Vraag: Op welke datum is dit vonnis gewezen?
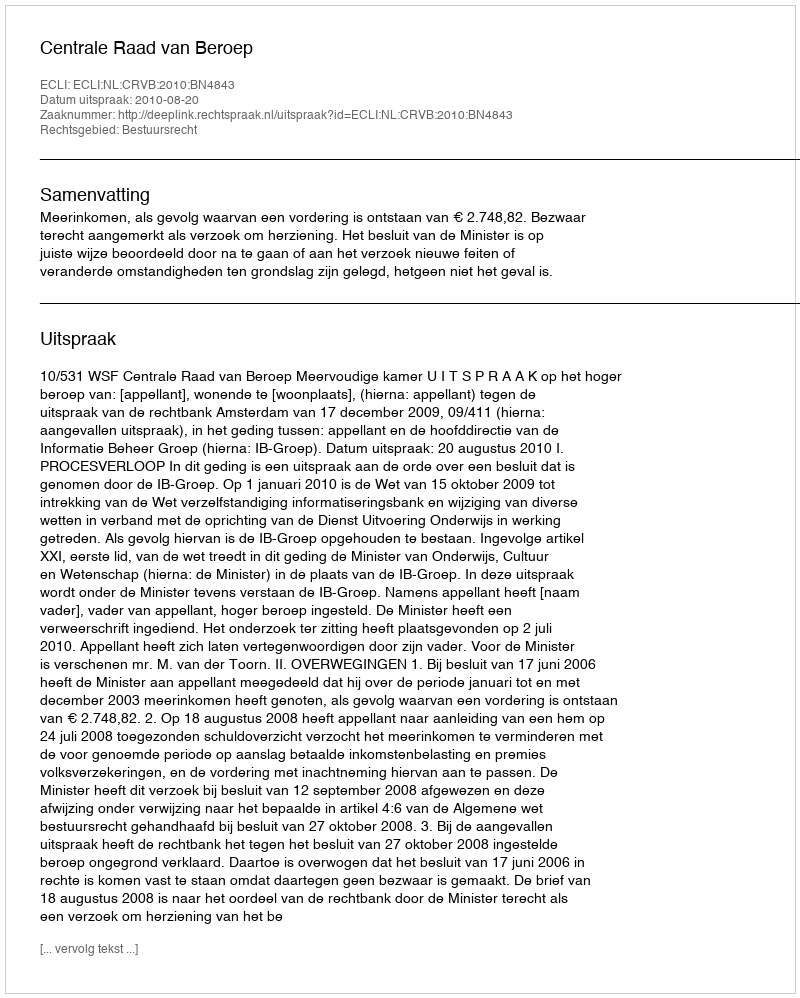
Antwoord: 2010-08-20